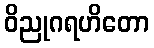
ဝိညုဂရဟိတော